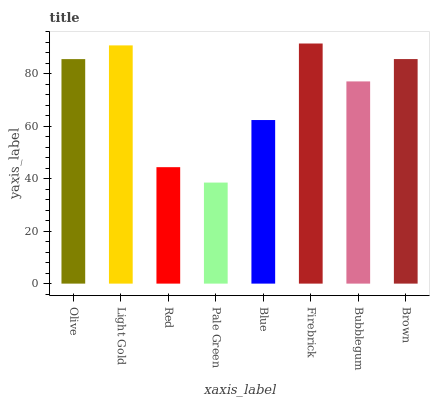
| xaxis_label | bars |
 | --- | --- |
 | Olive | 85.5 |
 | Light Gold | 90.7 |
 | Red | 44.3 |
 | Pale Green | 38.5 |
 | Blue | 62.3 |
 | Firebrick | 91.4 |
 | Bubblegum | 77 |
 | Brown | 85.5 |